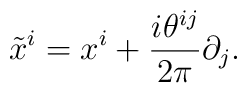
\tilde x^i = x^i+\frac{i\theta^{ij}}{2\pi}\partial_j.